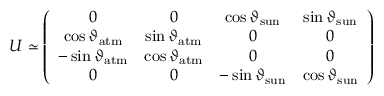
U \simeq \left( \begin{array} { c c c c } { { 0 } } & { { 0 } } & { { \cos \vartheta _ { \mathrm { s u n } } } } & { { \sin \vartheta _ { \mathrm { s u n } } } } \\ { { \cos \vartheta _ { \mathrm { a t m } } } } & { { \sin \vartheta _ { \mathrm { a t m } } } } & { { 0 } } & { { 0 } } \\ { { - \sin \vartheta _ { \mathrm { a t m } } } } & { { \cos \vartheta _ { \mathrm { a t m } } } } & { { 0 } } & { { 0 } } \\ { { 0 } } & { { 0 } } & { { - \sin \vartheta _ { \mathrm { s u n } } } } & { { \cos \vartheta _ { \mathrm { s u n } } } } \end{array} \right)